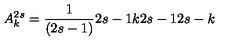
A _ { k } ^ { 2 s } = { \frac { 1 } { ( 2 s - 1 ) } } { \binom { 2 s - 1 } { k } } { \binom { 2 s - 1 } { 2 s - k } }